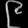
Digit: ၉